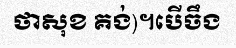
ថាសុខ គង់)។បើចឹង